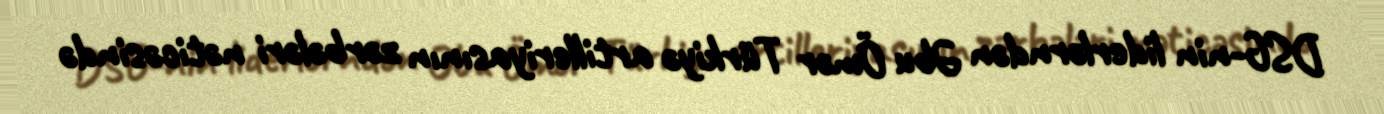
DSG-nin liderlərndən Əbu Ömər Türkiyə artilleriyasının zərbələri nəticəsində